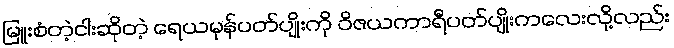
မြူးစံတဲ့ငါးဆိုတဲ့ ရေယမုန်ပတ်ပျိုးကို ဝိဇယကာရီပတ်ပျိုးကလေးလို့လည်း